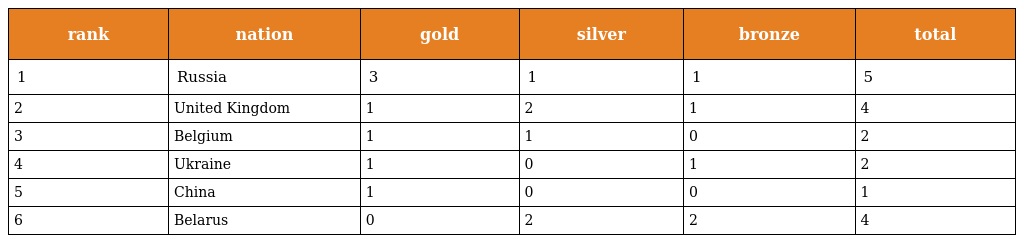
| rank | nation | gold | silver | bronze | total |
 | --- | --- | --- | --- | --- | --- |
 | 1 | Russia | 3 | 1 | 1 | 5 |
 | 2 | United Kingdom | 1 | 2 | 1 | 4 |
 | 3 | Belgium | 1 | 1 | 0 | 2 |
 | 4 | Ukraine | 1 | 0 | 1 | 2 |
 | 5 | China | 1 | 0 | 0 | 1 |
 | 6 | Belarus | 0 | 2 | 2 | 4 |